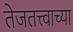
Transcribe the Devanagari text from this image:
तेजतत्त्वाच्या